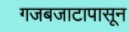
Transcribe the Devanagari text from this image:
गजबजाटापासून